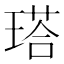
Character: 𤨑